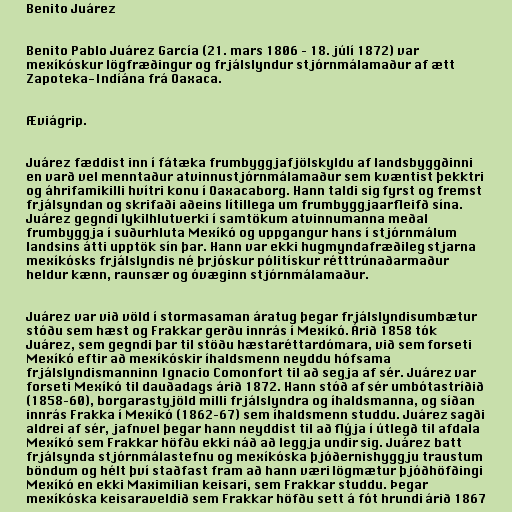
Benito Juárez

Benito Pablo Juárez García (21. mars 1806 – 18. júlí 1872) var
mexíkóskur lögfræðingur og frjálslyndur stjórnmálamaður af ætt
Zapoteka-Indíána frá Oaxaca.

Æviágrip.

Juárez fæddist inn í fátæka frumbyggjafjölskyldu af landsbyggðinni
en varð vel menntaður atvinnustjórnmálamaður sem kvæntist þekktri
og áhrifamikilli hvítri konu í Oaxacaborg. Hann taldi sig fyrst og fremst
frjálsyndan og skrifaði aðeins lítillega um frumbyggjaarfleifð sína.
Juárez gegndi lykilhlutverki í samtökum atvinnumanna meðal
frumbyggja í suðurhluta Mexíkó og uppgangur hans í stjórnmálum
landsins átti upptök sín þar. Hann var ekki hugmyndafræðileg stjarna
mexíkósks frjálslyndis né þrjóskur pólitískur rétttrúnaðarmaður
heldur kænn, raunsær og óvæginn stjórnmálamaður.

Juárez var við völd í stormasaman áratug þegar frjálslyndisumbætur
stóðu sem hæst og Frakkar gerðu innrás í Mexíkó. Árið 1858 tók
Juárez, sem gegndi þar til stöðu hæstaréttardómara, við sem forseti
Mexíkó eftir að mexíkóskir íhaldsmenn neyddu hófsama
frjálslyndismanninn Ignacio Comonfort til að segja af sér. Juárez var
forseti Mexíkó til dauðadags árið 1872. Hann stóð af sér umbótastríðið
(1858–60), borgarastyjöld milli frjálslyndra og íhaldsmanna, og síðan
innrás Frakka í Mexíkó (1862–67) sem íhaldsmenn studdu. Juárez sagði
aldrei af sér, jafnvel þegar hann neyddist til að flýja í útlegð til afdala
Mexíkó sem Frakkar höfðu ekki náð að leggja undir sig. Juárez batt
frjálsynda stjórnmálastefnu og mexíkóska þjóðernishyggju traustum
böndum og hélt því staðfast fram að hann væri lögmætur þjóðhöfðingi
Mexíkó en ekki Maximilian keisari, sem Frakkar studdu. Þegar
mexíkóska keisaraveldið sem Frakkar höfðu sett á fót hrundi árið 1867